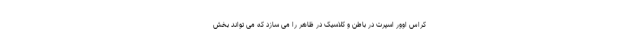
کراس اوور اسپرت در باطن و کلاسیک در ظاهر را می سازد که می تواند بخش